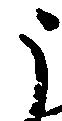
う